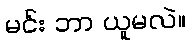
မင်း ဘာ ယူမလဲ။